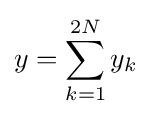
y=\sum _{k=1}^{2N}y_{k}